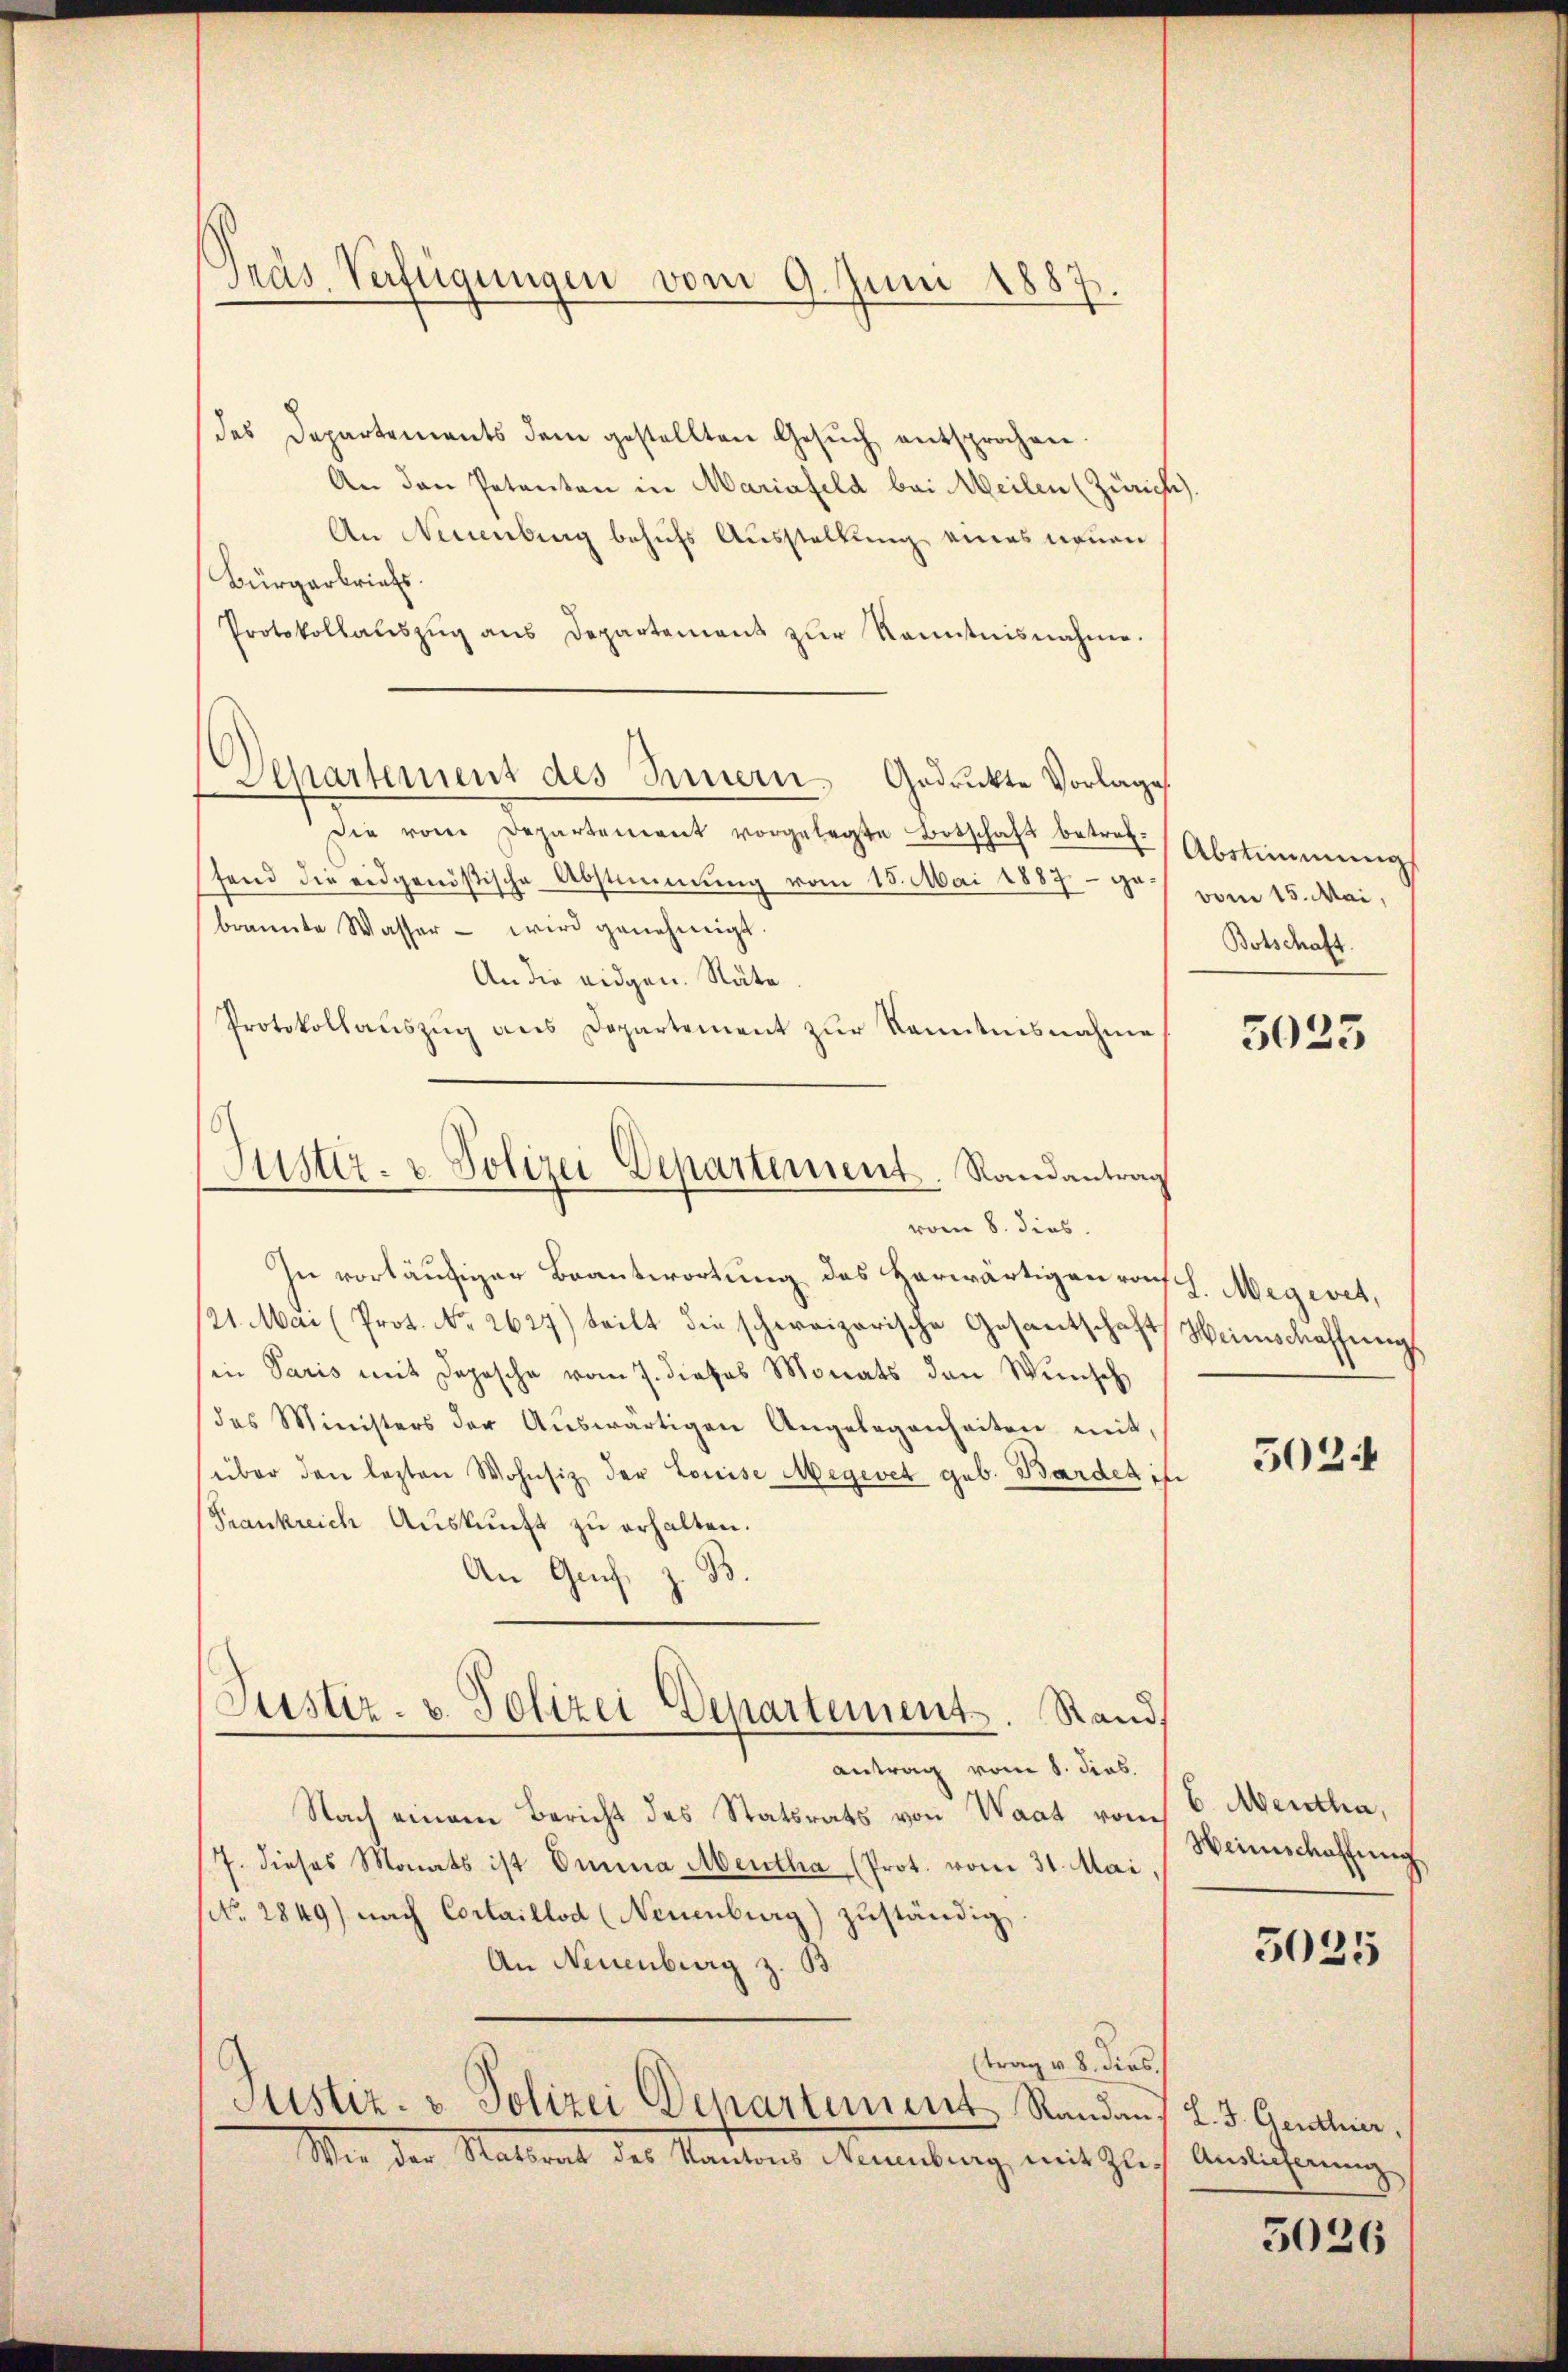
Gras Verfügungen vom 9. Juni 1887

des Departements dem gestellten Gesŭch entsprochen.
An den Petenten in Mariafeld bei Meilen (Zürichte)
An Neuenburg behufs Ausstellung eines neuen
Bürgerbriefs.
Protokollaŭszŭg ans Departement zŭr Kenntnisnahme.
Aepartement des Innern. Gedrückte Vorlage.
Die vom Departement vorgelegte Botschaft betref-Abstimmung
fend die eidgenößische Abstimmung vom 15. Mai 1887 - ga
brannte Wasser - wird genehmigt.
An die eidgen. Räte
Protokollaŭszŭg ans Departement zŭr Kenntnisnahme
vom 8. dies
In vorläufiger Beantwortung des Herwärtigen roh. Megevet,
21. Mai (Prot. No. 2627) teilt die schweizerische Gesantschaft Heimschaffungs
in Paris mit Depesche vom 7. dieses Monats den Wunsch
das Ministers der Aŭswärtigen Angelegenheiten mit,
über den lezten Wohnsitz der Louise Megevet geb. Bardes ih
Frankreich Auskunft zu erhalten.
An Ges. z. B.
Justiz- u. Polizei Departement. Stand,
antrag vom 8. Sieb.
Nach einem Bericht des Statsrats von Waat vom
7. dieses Monats ist Omina Mentha (Prot. vom 31. Mai,
(No. 2849) nach Cortaillod (Neuenburg) zuständig,
An Neuenburg z. 33
(trag v. 8. dies
Justiz- & Polizei Departement Randans L. 3. Genthier,
Wer der Statsrat des Kantons Neuenburg, mit Zlich Ansicherung

Justiz- & Polizei Departement. Randantrag

vom 15. Mai.
Botschaft

5025

5024

6. Mentha,
Weinschaffung.
5025

3026